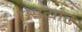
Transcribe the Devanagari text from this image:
ऐडयार